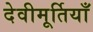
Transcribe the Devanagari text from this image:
देवीमूर्तियाँ